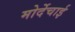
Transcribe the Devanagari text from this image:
मोर्देचाई